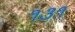
૧૩૧